Sanitation, dispensaries and jails vaccination Rajputana 1922-1927 - 1922-1927
Year: 1922
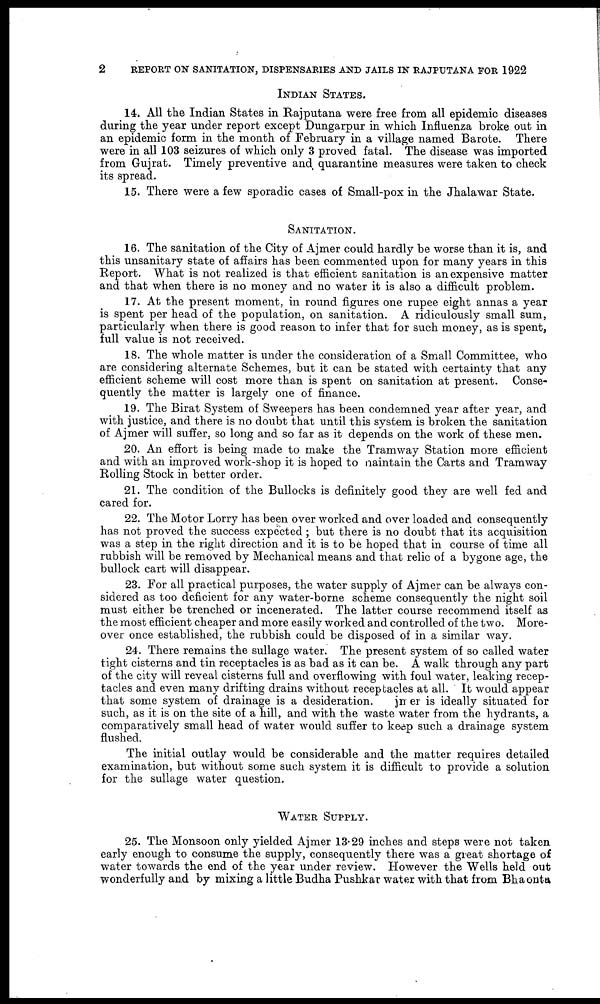
2
REPORT ON SANITATION, DISPENSARIES AND JAILS IN RAJPUTANA FOR 1922
INDIAN STATES.
14. All the Indian States in Rajputana were free from all epidemic diseases
during the year under report except Dungarpur in which Influenza broke out in
an epidemic form in the month of February in a village named Barote. There
were in all 103 seizures of which only 3 proved fatal. The disease was imported
from Gujrat. Timely preventive and quarantine measures were taken to check
its spread.
15. There were a few sporadic cases of Small-pox in the Jhalawar State.
SANITATION.
16. The sanitation of the City of Ajmer could hardly be worse than it is, and
this unsanitary state of affairs has been commented upon for many years in this
Report. What is not realized is that efficient sanitation is an expensive matter
and that when there is no money and no water it is also a difficult problem.
17. At the present moment, in round figures one rupee eight annas a year
is spent per head of the population, on sanitation. A ridiculously small sum,
particularly when there is good reason to infer that for such money, as is spent,
full value is not received.
18. The whole matter is under the consideration of a Small Committee, who
are considering alternate Schemes, but it can be stated with certainty that any
efficient scheme will cost more than is spent on sanitation at present. Conse-
quently the matter is largely one of finance.
19. The Birat System of Sweepers has been condemned year after year, and
with justice, and there is no doubt that until this system is broken the sanitation
of Ajmer will suffer, so long and so far as it depends on the work of these men.
20. An effort is being made to make the Tramway Station more efficient
and with an improved work-shop it is hoped to maintain the Carts and Tramway
Rolling Stock in better order.
21. The condition of the Bullocks is definitely good they are well fed and
cared for.
22. The Motor Lorry has been over worked and over loaded and consequently
has not proved the success expected ; but there is no doubt that its acquisition
was a step in the right direction and it is to be hoped that in course of time all
rubbish will be removed by Mechanical means and that relic of a bygone age, the
bullock cart will disappear.
23. For all practical purposes, the water supply of Ajmer can be always con-
sidered as too deficient for any water-borne scheme consequently the night soil
must either be trenched or incenerated. The latter course recommend itself as
the most efficient cheaper and more easily worked and controlled of the two. More-
over once established, the rubbish could be disposed of in a similar way.
24. There remains the sullage water. The present system of so called water
tight cisterns and tin receptacles is as bad as it can be. A walk through any part
of the city will reveal cisterns full and overflowing with foul water, leaking recep-
tacles and even many drifting drains without receptacles at all. It would appear
that some system of drainage is a desideration. Ajmer is ideally situated for
such, as it is on the site of a hill, and with the waste water from the hydrants, a
comparatively small head of water would suffer to keep such a drainage system
flushed.
The initial outlay would be considerable and the matter requires detailed
examination, but without some such system it is difficult to provide a solution
for the sullage water question.
WATER SUPPLY.
25. The Monsoon only yielded Ajmer 13.29 inches and steps were not taken
early enough to consume the supply, consequently there was a great shortage of
water towards the end of the year under review. However the Wells held out
wonderfully and by mixing a little Budha Pushkar water with that from Bhaonta